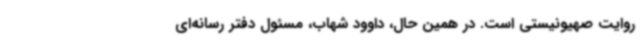
روایت صهیونیستی است. در همین حال، داوود شهاب، مسئول دفتر رسانه‌ای